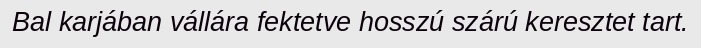
Bal karjában vállára fektetve hosszú szárú keresztet tart.